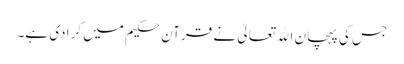
جس کی پہچان اﷲ تعالیٰ نے قرآن حکیم میں کرا دی ہے۔